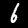
Digit: 6